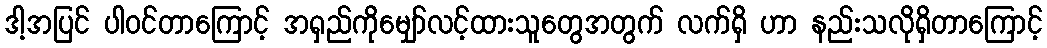
ဒါ့အပြင် ပါဝင်တာကြောင့် အရှည်ကိုမျှော်လင့်ထားသူတွေအတွက် လက်ရှိ ဟာ နည်းသလိုရှိတာကြောင့်